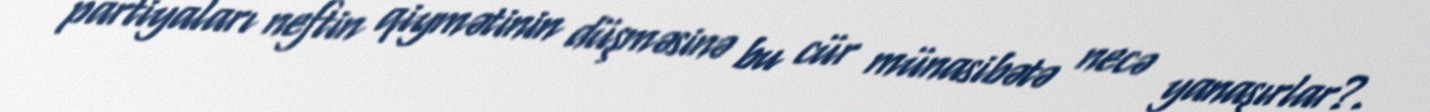
partiyaları neftin qiymətinin düşməsinə bu cür münasibətə necə yanaşırlar?.